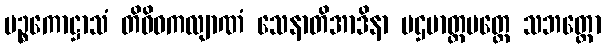
ပဉ္စကောဋ္ဌာသံ တိဝိဓကလျာဏံ သေနာတိအာဒိနာ ပဌမာတ္ထမတ္တေ သဘတ္တော